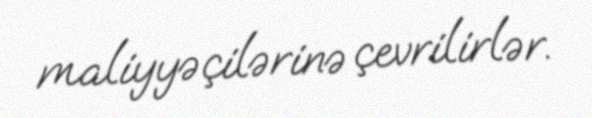
maliyyəçilərinə çevrilirlər.